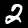
Digit: 2